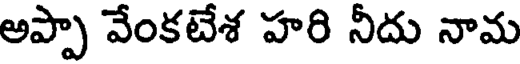
అప్పా వేంకటేశ హరి నీదు నామ